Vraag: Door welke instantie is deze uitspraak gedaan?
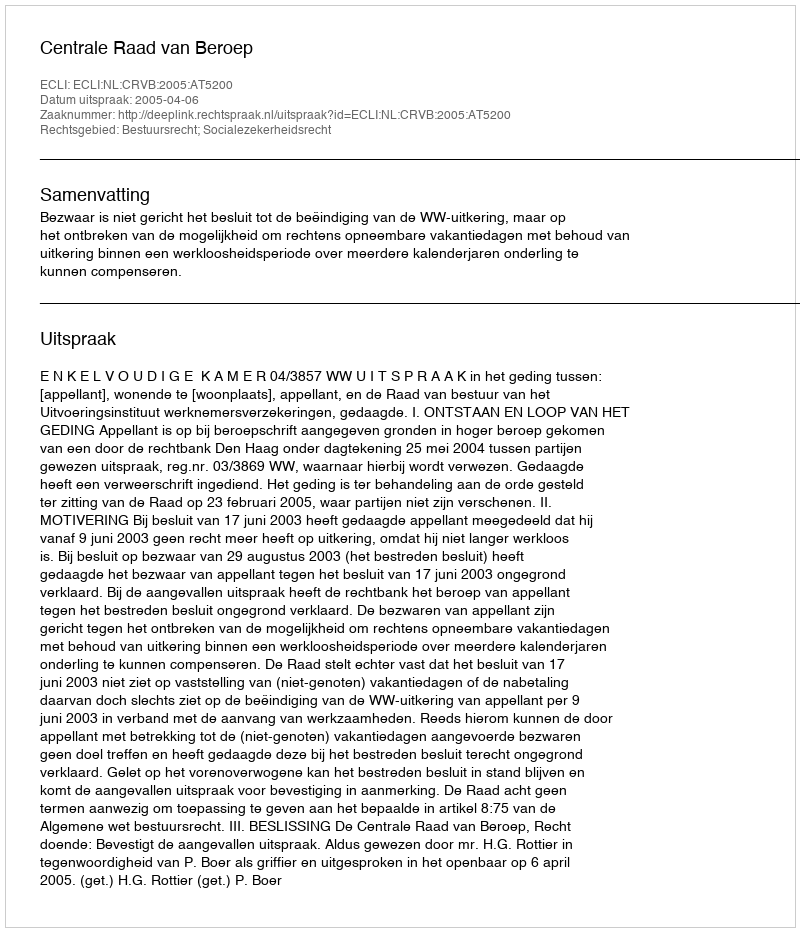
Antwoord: Centrale Raad van Beroep